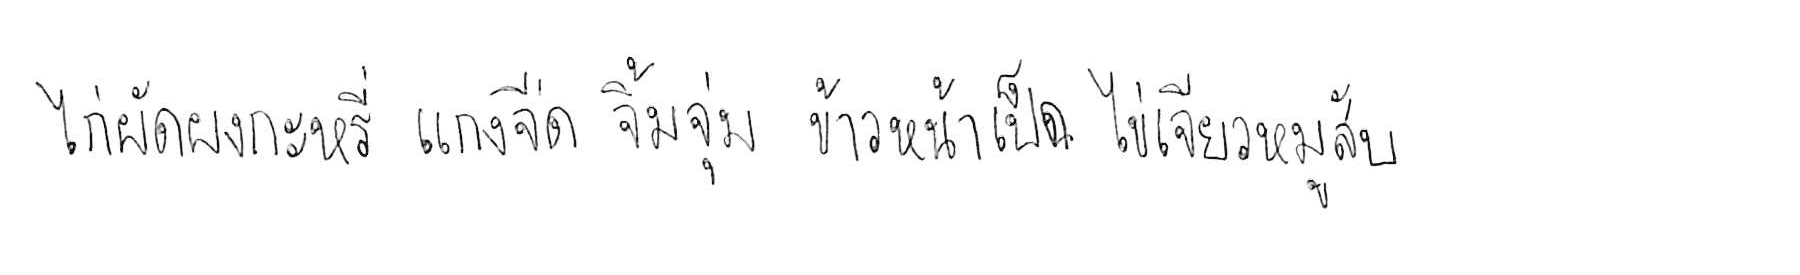
ไก่ผัดผงกะหรี่ แกงจืด จิ้มจุ่ม ข้าวหน้าเป็ด ไข่เจียวหมูสับ